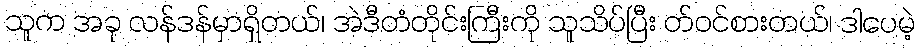
သူက အခု လန်ဒန်မှာရှိတယ်၊ အဲဒီတံတိုင်းကြီးကို သူသိပ်ပြီး တ်ဝင်စားတယ်၊ ဒါပေမဲ့